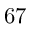
6 7